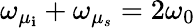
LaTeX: \omega_{\mu_{\mathbf{i}}}+\omega_{\mu_{s}}=2\omega_{0}